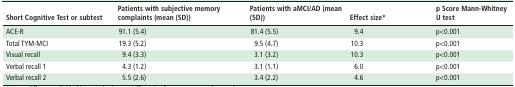
<table><thead><tr><td><b>Short Cognitive Test or subtest</b></td><td><b>Patients with subjective memory complaints (mean (SD))</b></td><td><b>Patients with aMCI/AD (mean (SD))</b></td><td><b>Effect size*</b></td><td><b>p Score Mann-Whitney U test</b></td></tr></thead><tbody><tr><td>ACE-R</td><td>91.1 (5.4)</td><td>81.4 (5.5)</td><td>9.4</td><td>p&lt;0.001</td></tr><tr><td>Total TYM-MCI</td><td>19.3 (5.2)</td><td>9.5 (4.7)</td><td>10.3</td><td>p&lt;0.001</td></tr><tr><td>Visual recall</td><td>9.4 (3.3)</td><td>3.1 (3.2)</td><td>10.3</td><td>p&lt;0.001</td></tr><tr><td>Verbal recall 1</td><td>4.3 (1.2)</td><td>3.1 (1.1)</td><td>6.0</td><td>p&lt;0.001</td></tr><tr><td>Verbal recall 2</td><td>5.5 (2.6)</td><td>3.4 (2.2)</td><td>4.6</td><td>p&lt;0.001</td></tr></tbody></table>